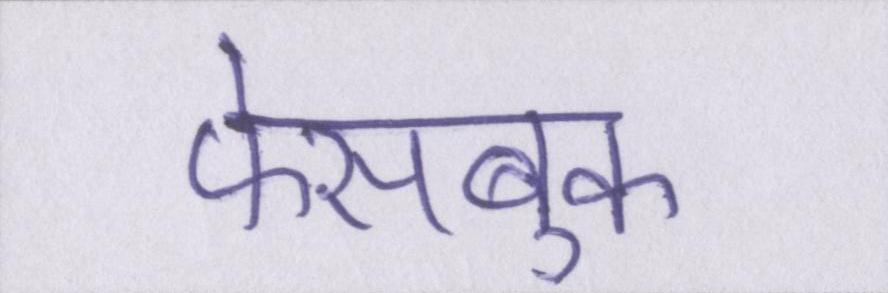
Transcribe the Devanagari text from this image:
फेसबुक